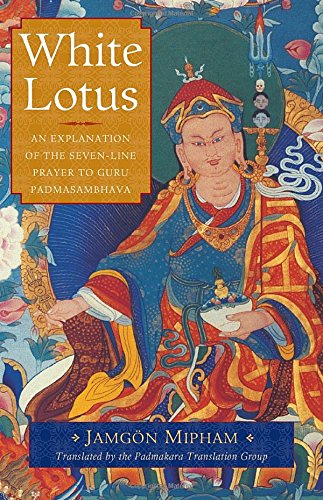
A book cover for White Lotus: An Explanation of the Seven-Line Prayer to Guru Padmasambhava; Jamgon Mipham; Religion & Spirituality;